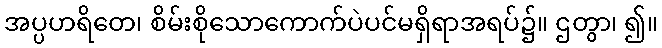
အပ္ပဟရိတေ၊ စိမ်းစိုသောကောက်ပဲပင်မရှိရာအရပ်၌။ ဌတွာ၊ ၍။